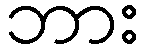
ဘား